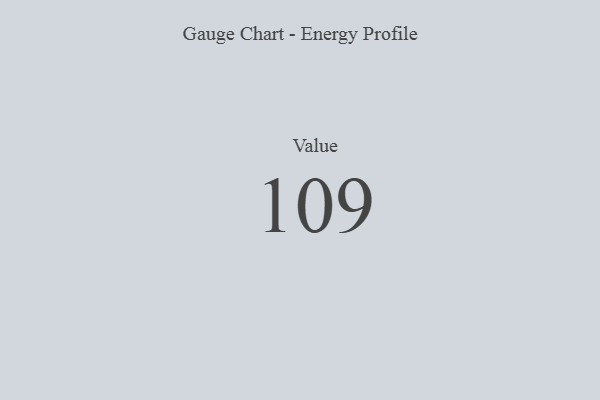
{"axis": {"x": "Metric", "y": "Value"}, "legend": [""], "data": [{"x": "Value", "y": 109, "type": ""}]}